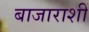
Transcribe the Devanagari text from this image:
बाजाराशीं